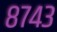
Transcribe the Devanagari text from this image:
८७४३